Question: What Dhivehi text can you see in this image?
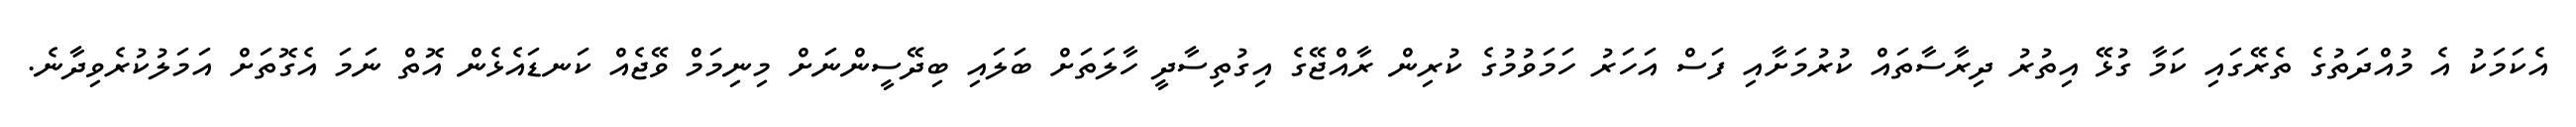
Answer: އެކަމަކު އެ މުއްދަތުގެ ތެރޭގައި ކަމާ ގުޅޭ އިތުރު ދިރާސާތައް ކުރުމަށާއި ފަސް އަހަރު ހަމަވުމުގެ ކުރިން ރާއްޖޭގެ އިގުތިސާދީ ހާލަތަށް ބަލައި ބިދޭސީންނަށް މިނިމަމް ވޭޖެއް ކަނޑައެޅެން އޮތް ނަމަ އެގޮތަށް އަމަލުކުރެވިދާނެ.